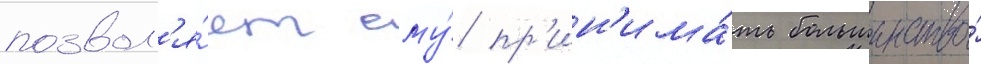
позвол'я́ет ему́ пр'ин'има́ть большинство́